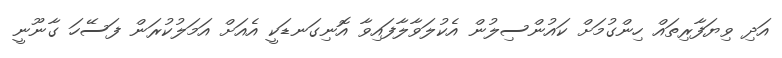
އަދި ވިޔަފާރިތައް ހިންގުމަށް ކައުންސިލުން އެކުލަވާލާފައިވާ އޮނިގަނޑަކީ އެއަށް އަމަލުކުރަން ފަސޭހަ ގާނޫނީ